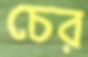
চের